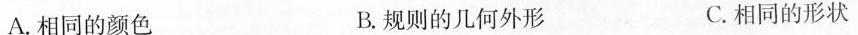
A.相同的颜色 B.规则的几何外形 C.相同的形状